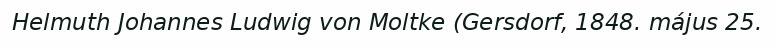
Helmuth Johannes Ludwig von Moltke (Gersdorf, 1848. május 25.